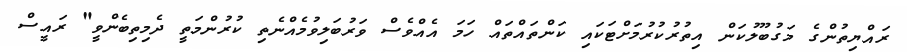
ރައްޔިތުންގެ މަގުބޫލުކަން އިތުރުކުރުމަށްޓަކައި ކަންތައްތައް ހަމަ އެއްވެސް ވަރުބަލިވުމެއްނެތި ކުރުންމަތީ ދެމިތިބެންވީ" ރައީސް